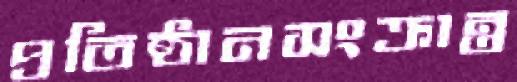
প্রতিষ্ঠানসংক্রান্ত